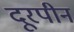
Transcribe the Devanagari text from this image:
दूरपीन